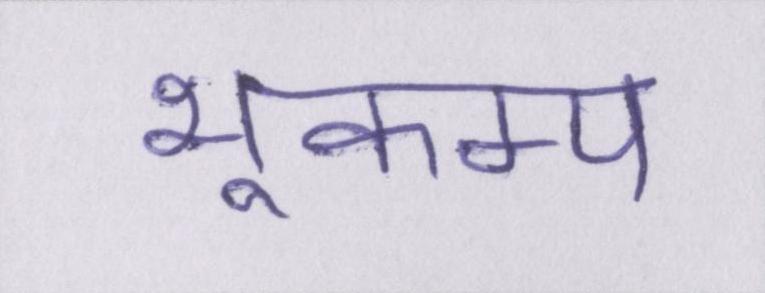
भूकम्प